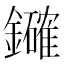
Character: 𮣞